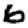
Digit: 6